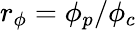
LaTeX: {r_{\phi}}={\phi_{p}}/{\phi_{c}}